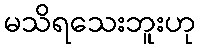
မသိရသေးဘူးဟု